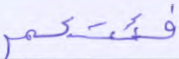
فئتكم